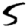
Digit: 5